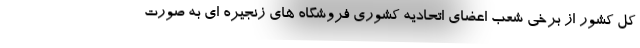
کل کشور از برخی شعب اعضای اتحادیه کشوری فروشگاه های زنجیره ای به صورت